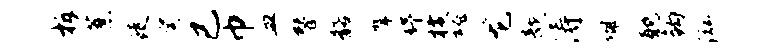
柝蔗徒癸已巾皿替髂摩舒横魂龙欹涛佩耽钩泓